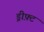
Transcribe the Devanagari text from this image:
ड्रीफ़्ट